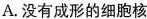
A.没有成形的细胞核